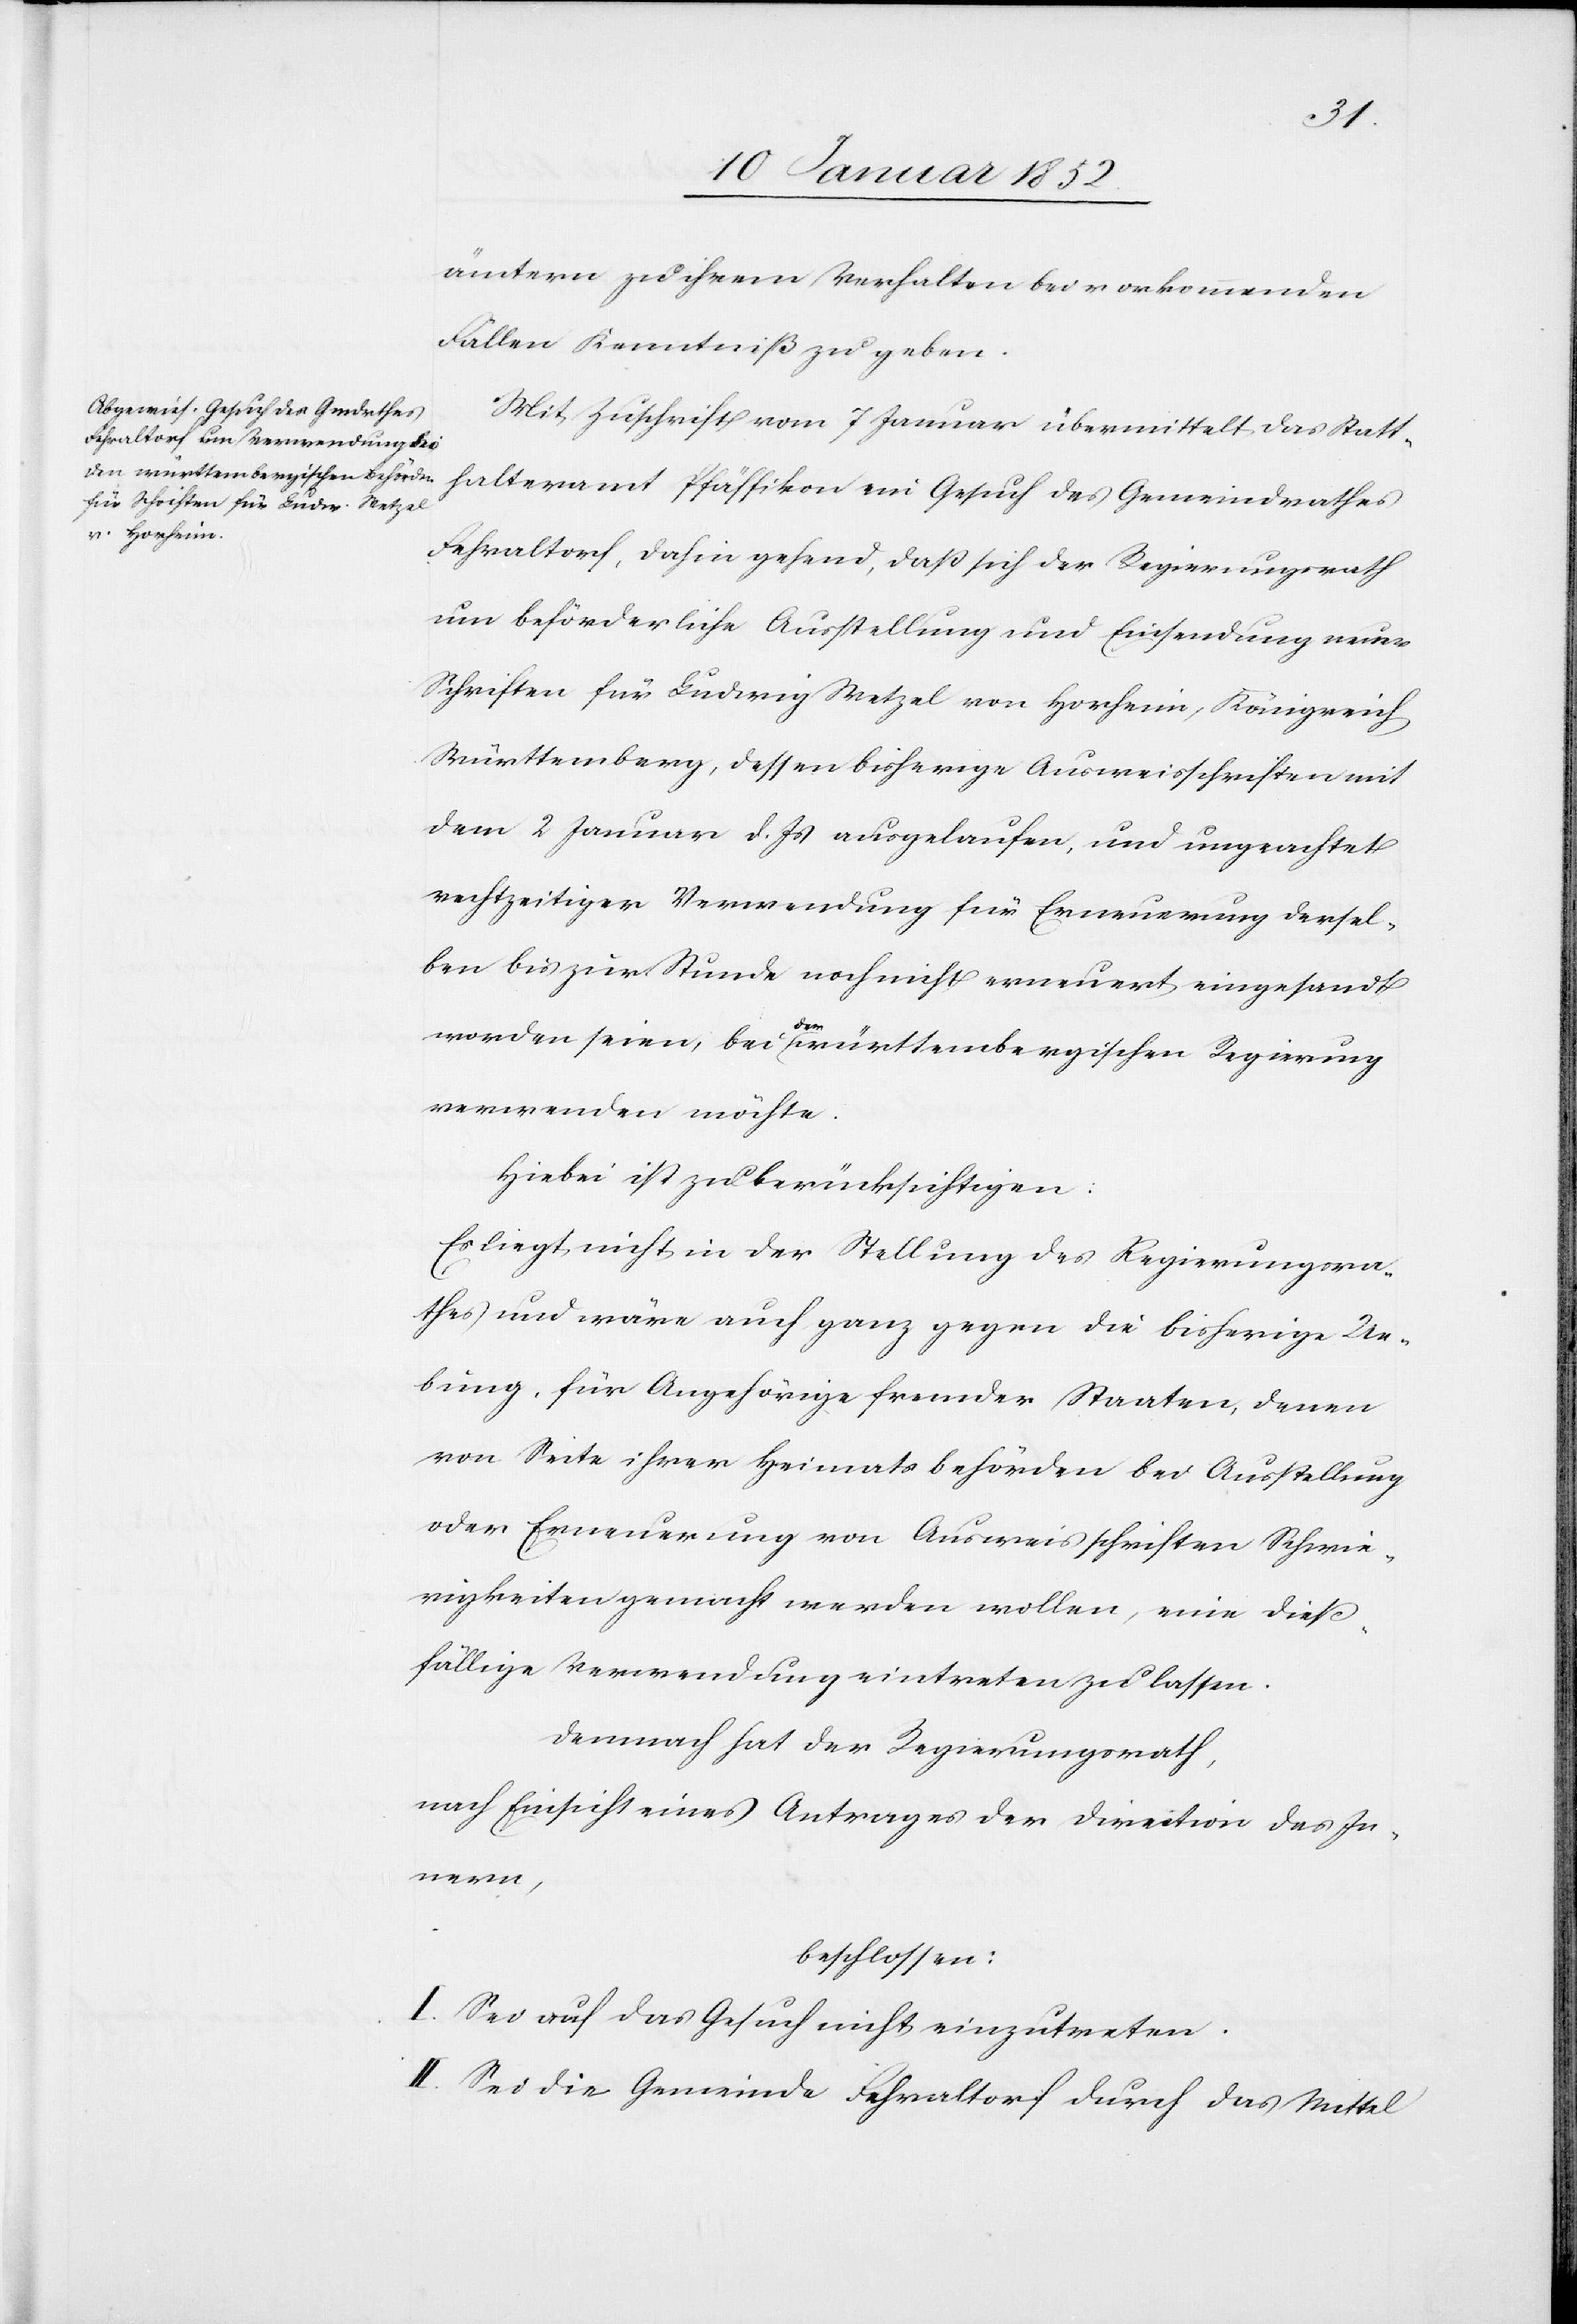
ämtern zu ihrem Verhalten bei vorkommenden
Fällen Kenntniß zu geben.
Mit Zuschrift vom 7 Januar übermittelt das Statt¬
halteramt Pfäffikon ein Gesuch des Gemeindrathes
Fehraltorf, dahin gehend, daß sich der Regierungsrath
um beförderliche Ausstellung und Einsendung neuer
Schriften für Ludwig Wetzel von Horheim, Königreich
Würtemberg, dessen bisherige Ausweisschriften mit
dem 2 Januar d. Js ausgelaufen und ungeachtet
rechtzeitiger Verwendung für Erneuerung dersel¬
ben zur Stunde noch nicht erneuert eingesandt
worden seien, bei der württembergischen Regierung
verwenden möchte.
Hiebei ist zu berücksichtigen:
Es liegt nicht in der Stellung des Regierungsra¬
thes und wäre auch ganz gegen die bisherige Ue¬
bung, für Angehörige fremder Staaten denen
von Seite ihrer Heimatsbehörden der Ausstellung
oder Erneuerung von Ausweisschriften Schwie¬
rigkeiten gemacht werden wollen, eine dieß¬
fällige Verwendung eintreten zu lassen.
demnach hat der Regierungsrath,
nach Einsicht eines Antrages der Direction des In¬
nern,
beschlossen:
I. Sei auf das Gesuch nicht einzutreten.
II. Sei die Gemeinde Fehraltorf durch das Mittel